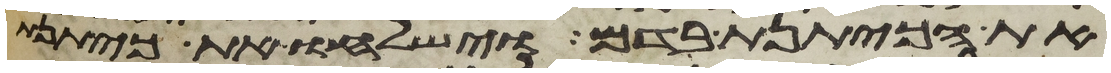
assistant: את הכיתנת בדם וישלחו את כיתנת